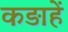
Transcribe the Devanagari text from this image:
कड़ाहें